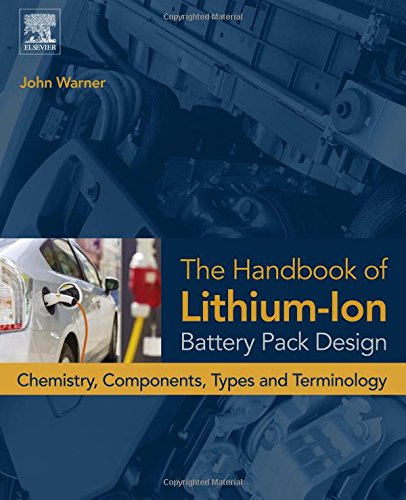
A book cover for The Handbook of Lithium-Ion Battery Pack Design: Chemistry, Components, Types and Terminology; John T Warner; Engineering & Transportation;